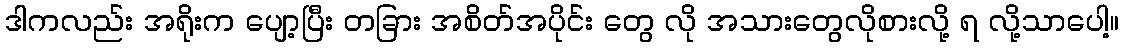
ဒါကလည်း အရိုးက ပျော့ပြီး တခြား အစိတ်အပိုင်း တွေ လို အသားတွေလိုစားလို့ ရ လို့သာပေါ့။